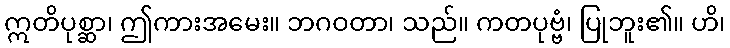
ဣတိပုစ္ဆာ၊ ဤကားအမေး။ ဘဂဝတာ၊ သည်။ ကတပုဗ္ဗံ၊ ပြုဘူး၏။ ဟိ၊